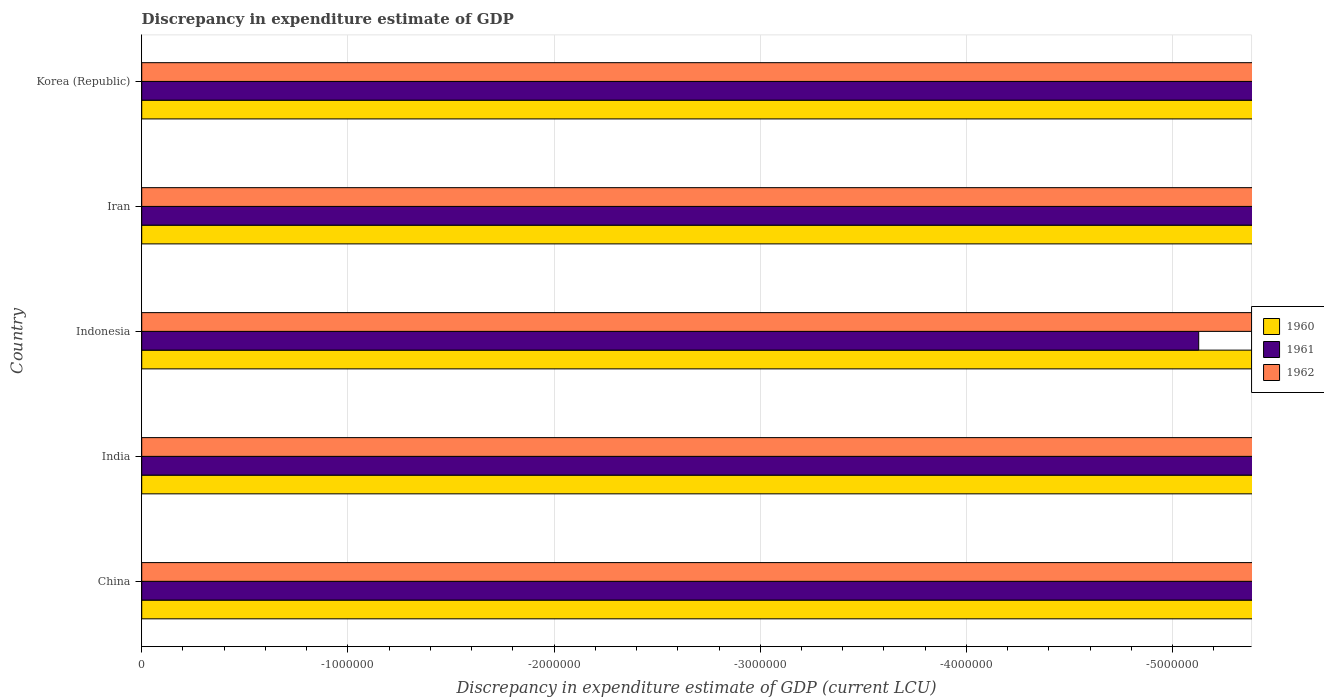
| Country | 1960 | 1961 | 1962 |
 | --- | --- | --- | --- |
 | China | -4.88e+09 | -5.44e+09 | -2.78e+09 |
 | India | -1.39e+10 | -1.51e+10 | -1.57e+10 |
 | Indonesia | -5.98e+06 | -5.13e+06 | -7.9e+06 |
 | Iran | -4.44e+10 | -4.48e+10 | -4.79e+10 |
 | Korea (Republic) | -4.22e+08 | -3.24e+08 | -4.47e+08 |